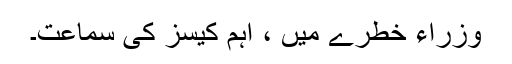
وزراء خطرے میں ، اہم کیسز کی سماعت۔